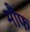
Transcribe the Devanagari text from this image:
मौफ